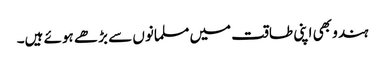
ہندو بھی اپنی طاقت میں مسلمانوں سے بڑھے ہوئے ہیں۔